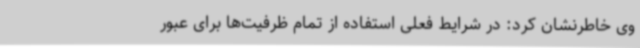
وی خاطرنشان کرد:‌ در شرایط فعلی استفاده از تمام ظرفیت‌ها برای عبور